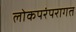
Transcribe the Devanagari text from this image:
लोकपरंपरागत